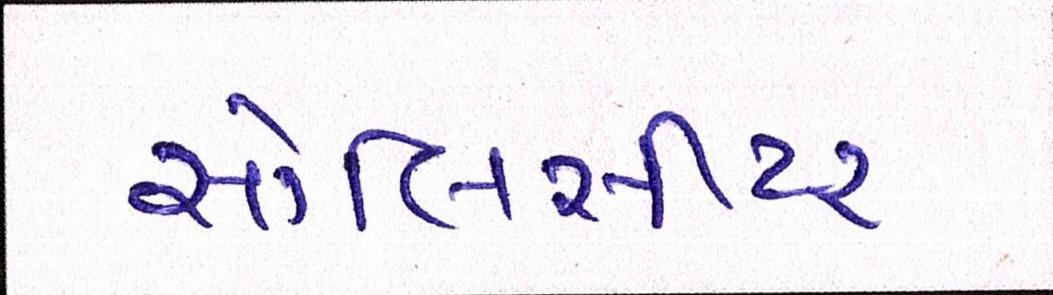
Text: સોલિસીટર